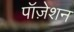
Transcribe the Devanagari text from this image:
पॉज़ेशन